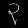
Digit: ၃